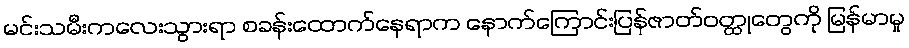
မင်းသမီးကလေးသွားရာ စခန်းထောက်နေရာက နောက်ကြောင်းပြန်ဇာတ်ဝတ္ထုတွေကို မြန်မာမှု